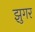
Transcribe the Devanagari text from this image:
झुगर